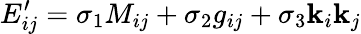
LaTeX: E_{ij}^{\prime}=\sigma_{1}M_{ij}+\sigma_{2}g_{ij}+\sigma_{3}\mathbf{k}_{i}\mathbf{k}_{j}